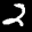
Label: 2